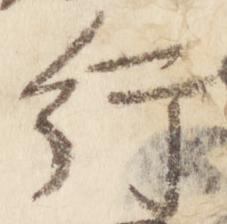
行